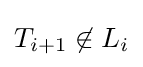
T_{i+1}\not \in L_{i}